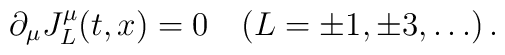
\partial_{\mu}J_{L}^{\mu}(t,x)=0\quad(L=\pm1,\pm3,\dots)\,.